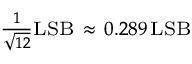
\scriptstyle { \frac { 1 } { \sqrt { 1 2 } } } \mathrm { L S B } \ \approx \ 0 . 2 8 9 \, \mathrm { L S B }